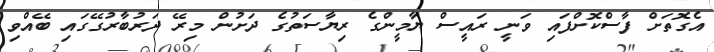
އެގޮތަށް ފާސްކޮށްފައި ވަނީ ރައީސް ޔާމީންގެ ރިޔާސަތުގެ ދަށުން މިރޭ ދަރުބާރުގޭގައި ބޭއްވި